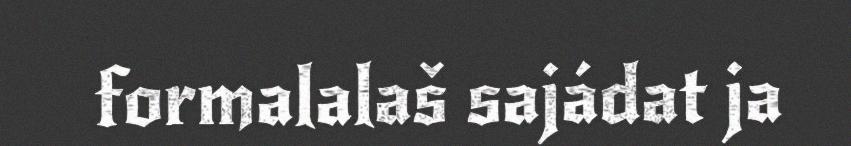
formalalaš sajádat ja